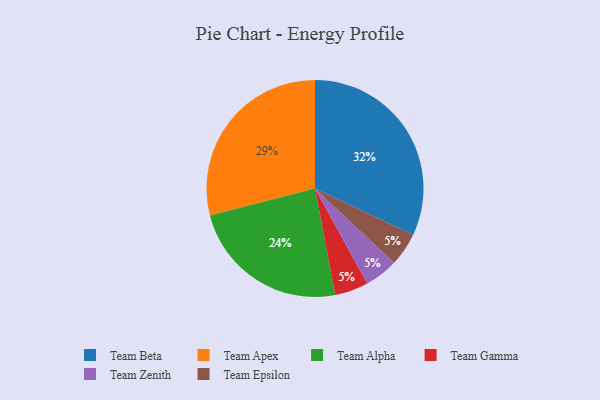
{"axis": {"x": "Category", "y": "Percentage"}, "legend": ["Team Alpha", "Team Apex", "Team Beta", "Team Epsilon", "Team Gamma", "Team Zenith"], "data": [{"x": "Team Gamma", "y": 5, "type": "Team Gamma"}, {"x": "Team Zenith", "y": 5, "type": "Team Zenith"}, {"x": "Team Beta", "y": 32, "type": "Team Beta"}, {"x": "Team Alpha", "y": 24, "type": "Team Alpha"}, {"x": "Team Epsilon", "y": 5, "type": "Team Epsilon"}, {"x": "Team Apex", "y": 29, "type": "Team Apex"}]}